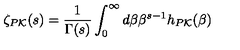
\zeta _ { P { \cal K } } ( s ) = \frac { 1 } { \Gamma ( s ) } \int _ { 0 } ^ { \infty } d \beta \beta ^ { s - 1 } h _ { P { \cal K } } ( \beta )